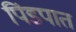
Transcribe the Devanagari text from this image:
पिंडपात